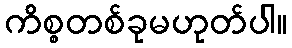
ကိစ္စတစ်ခုမဟုတ်ပါ။